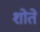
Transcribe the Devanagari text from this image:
शोते